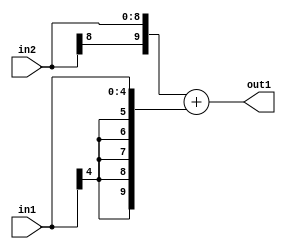
`timescale 1ps / 1ps
/*****************************************************************************
    Verilog RTL Description
    
    
    Created by: Stratus DpOpt 2019.1.01 
*******************************************************************************/

module DC_Filter_Add_9Sx5S_10S_1 (
	in2,
	in1,
	out1
	); /* architecture "behavioural" */ 
input [8:0] in2;
input [4:0] in1;
output [9:0] out1;
wire [9:0] asc001;

assign asc001 = 
	+({in2[8], in2})
	+({{5{in1[4]}}, in1});

assign out1 = asc001;
endmodule

/* CADENCE  ubPwQgw= : u9/ySgnWtBlWxVPRXgAZ4Og= ** DO NOT EDIT THIS LINE ******/